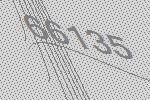
66135